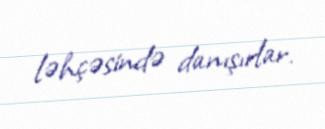
ləhçəsində danışırlar.